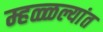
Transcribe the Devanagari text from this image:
म्हळ्ळल्यांत